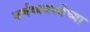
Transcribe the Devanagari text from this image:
वर्णव्यवस्थेच्या